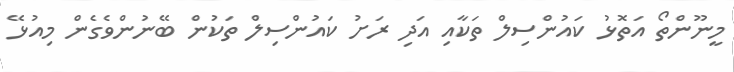
މީނޫންތޯ އަތޮޅު ކައުންސިލް ތަކާއި އަދި ރަށު ކައުންސިލް ތަކުން ބޭނުންވެގެން މިއުޅޭ